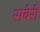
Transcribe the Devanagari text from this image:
सबेरी